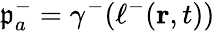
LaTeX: \mathfrak{p}_{a}^{-}=\gamma^{-}(\ell^{-}(\mathbf{r},t))